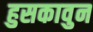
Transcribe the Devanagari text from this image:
हुसकावुन